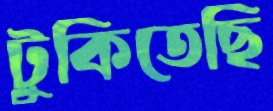
টুকিতেছি